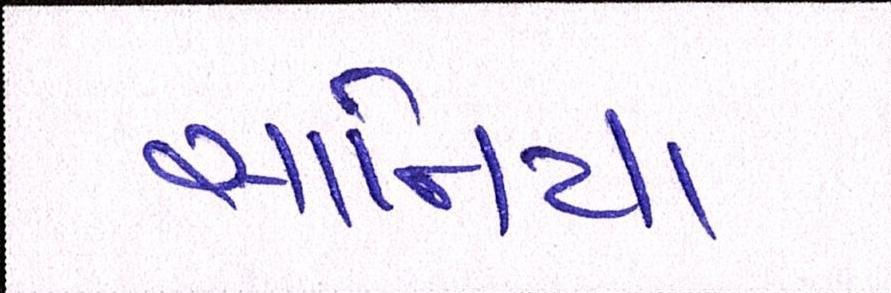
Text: સાનિયા